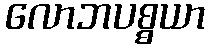
လောဘပစ္စယာ